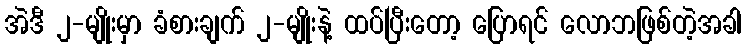
အဲဒီ ၂-မျိုးမှာ ခံစားချက် ၂-မျိုးနဲ့ ထပ်ပြီးတော့ ပြောရင် လောဘဖြစ်တဲ့အခါ